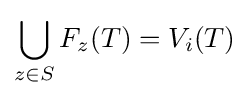
\bigcup _{z\in S}F_{z}(T)=V_{i}(T)